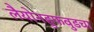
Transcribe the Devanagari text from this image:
लैयोनहुफवुडचा